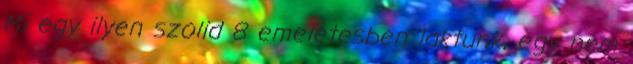
Mi egy ilyen szolid 8 emeletesben laktunk, egy nem